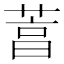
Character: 𦴒